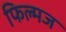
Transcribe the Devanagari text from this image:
फिल्मज